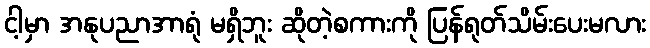
ငါ့မှာ အနုပညာအာရုံ မရှိဘူး ဆိုတဲ့စကားကို ပြန်ရုတ်သိမ်းပေးမလား